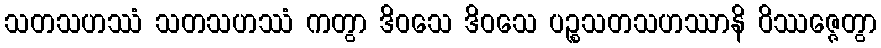
သတသဟဿံ သတသဟဿံ ကတွာ ဒိဝသေ ဒိဝသေ ပဉ္စသတသဟဿာနိ ဝိဿဇ္ဇေတွာ